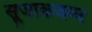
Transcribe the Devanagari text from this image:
सूजाकजन्य